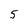
Character: 5